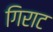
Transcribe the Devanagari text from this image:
गिराट